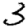
Digit: 3